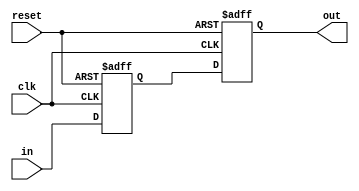
module FF2_sync ( 
    input wire clk,
    input wire reset,
    input wire in,
    output wire out
    );

    reg FF1;
    reg FF2;

    initial begin 
        FF1 = 1'b0;
        FF2 = 1'b0;
    end

    always @(posedge clk, posedge reset) begin
        if (reset) begin
            FF1 <= 1'b0;
            FF2 <= 1'b0;
        end else begin
            FF1 <= in;
            FF2 <= FF1;
        end
    end
    assign out = FF2;
endmodule